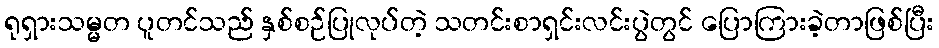
ရုရှားသမ္မတ ပူတင်သည် နှစ်စဉ်ပြုလုပ်တဲ့ သတင်းစာရှင်းလင်းပွဲတွင် ပြောကြားခဲ့တာဖြစ်ပြီး